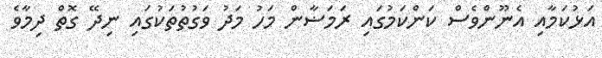
އަޅުކަމާއި އެނޫންވެސް ކަންކަމުގައި ރަމަޟާން މަހު މަދު ވަގުތުތަކުގައި ނިދޭ ގޮތް ދިމާވެ